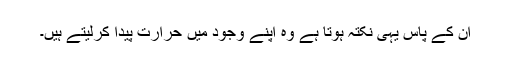
ان کے پاس یہی نکتہ ہوتا ہے وہ اپنے وجود میں حرارت پیدا کرلیتے ہیں۔